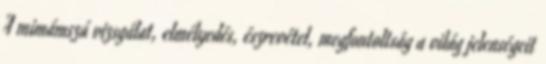
A mimámszá vizsgálat, elmélyedés, észrevétel, megfontoltság a világ jelenségeit